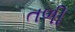
તળી